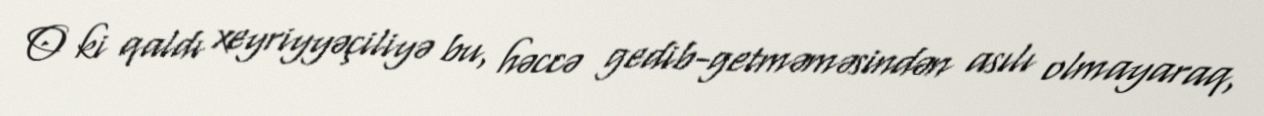
O ki qaldı xeyriyyəçiliyə bu, həccə gedib-getməməsindən asılı olmayaraq,